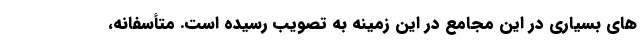
های بسیاری در این مجامع در این زمینه به تصویب رسیده است. متأسفانه،